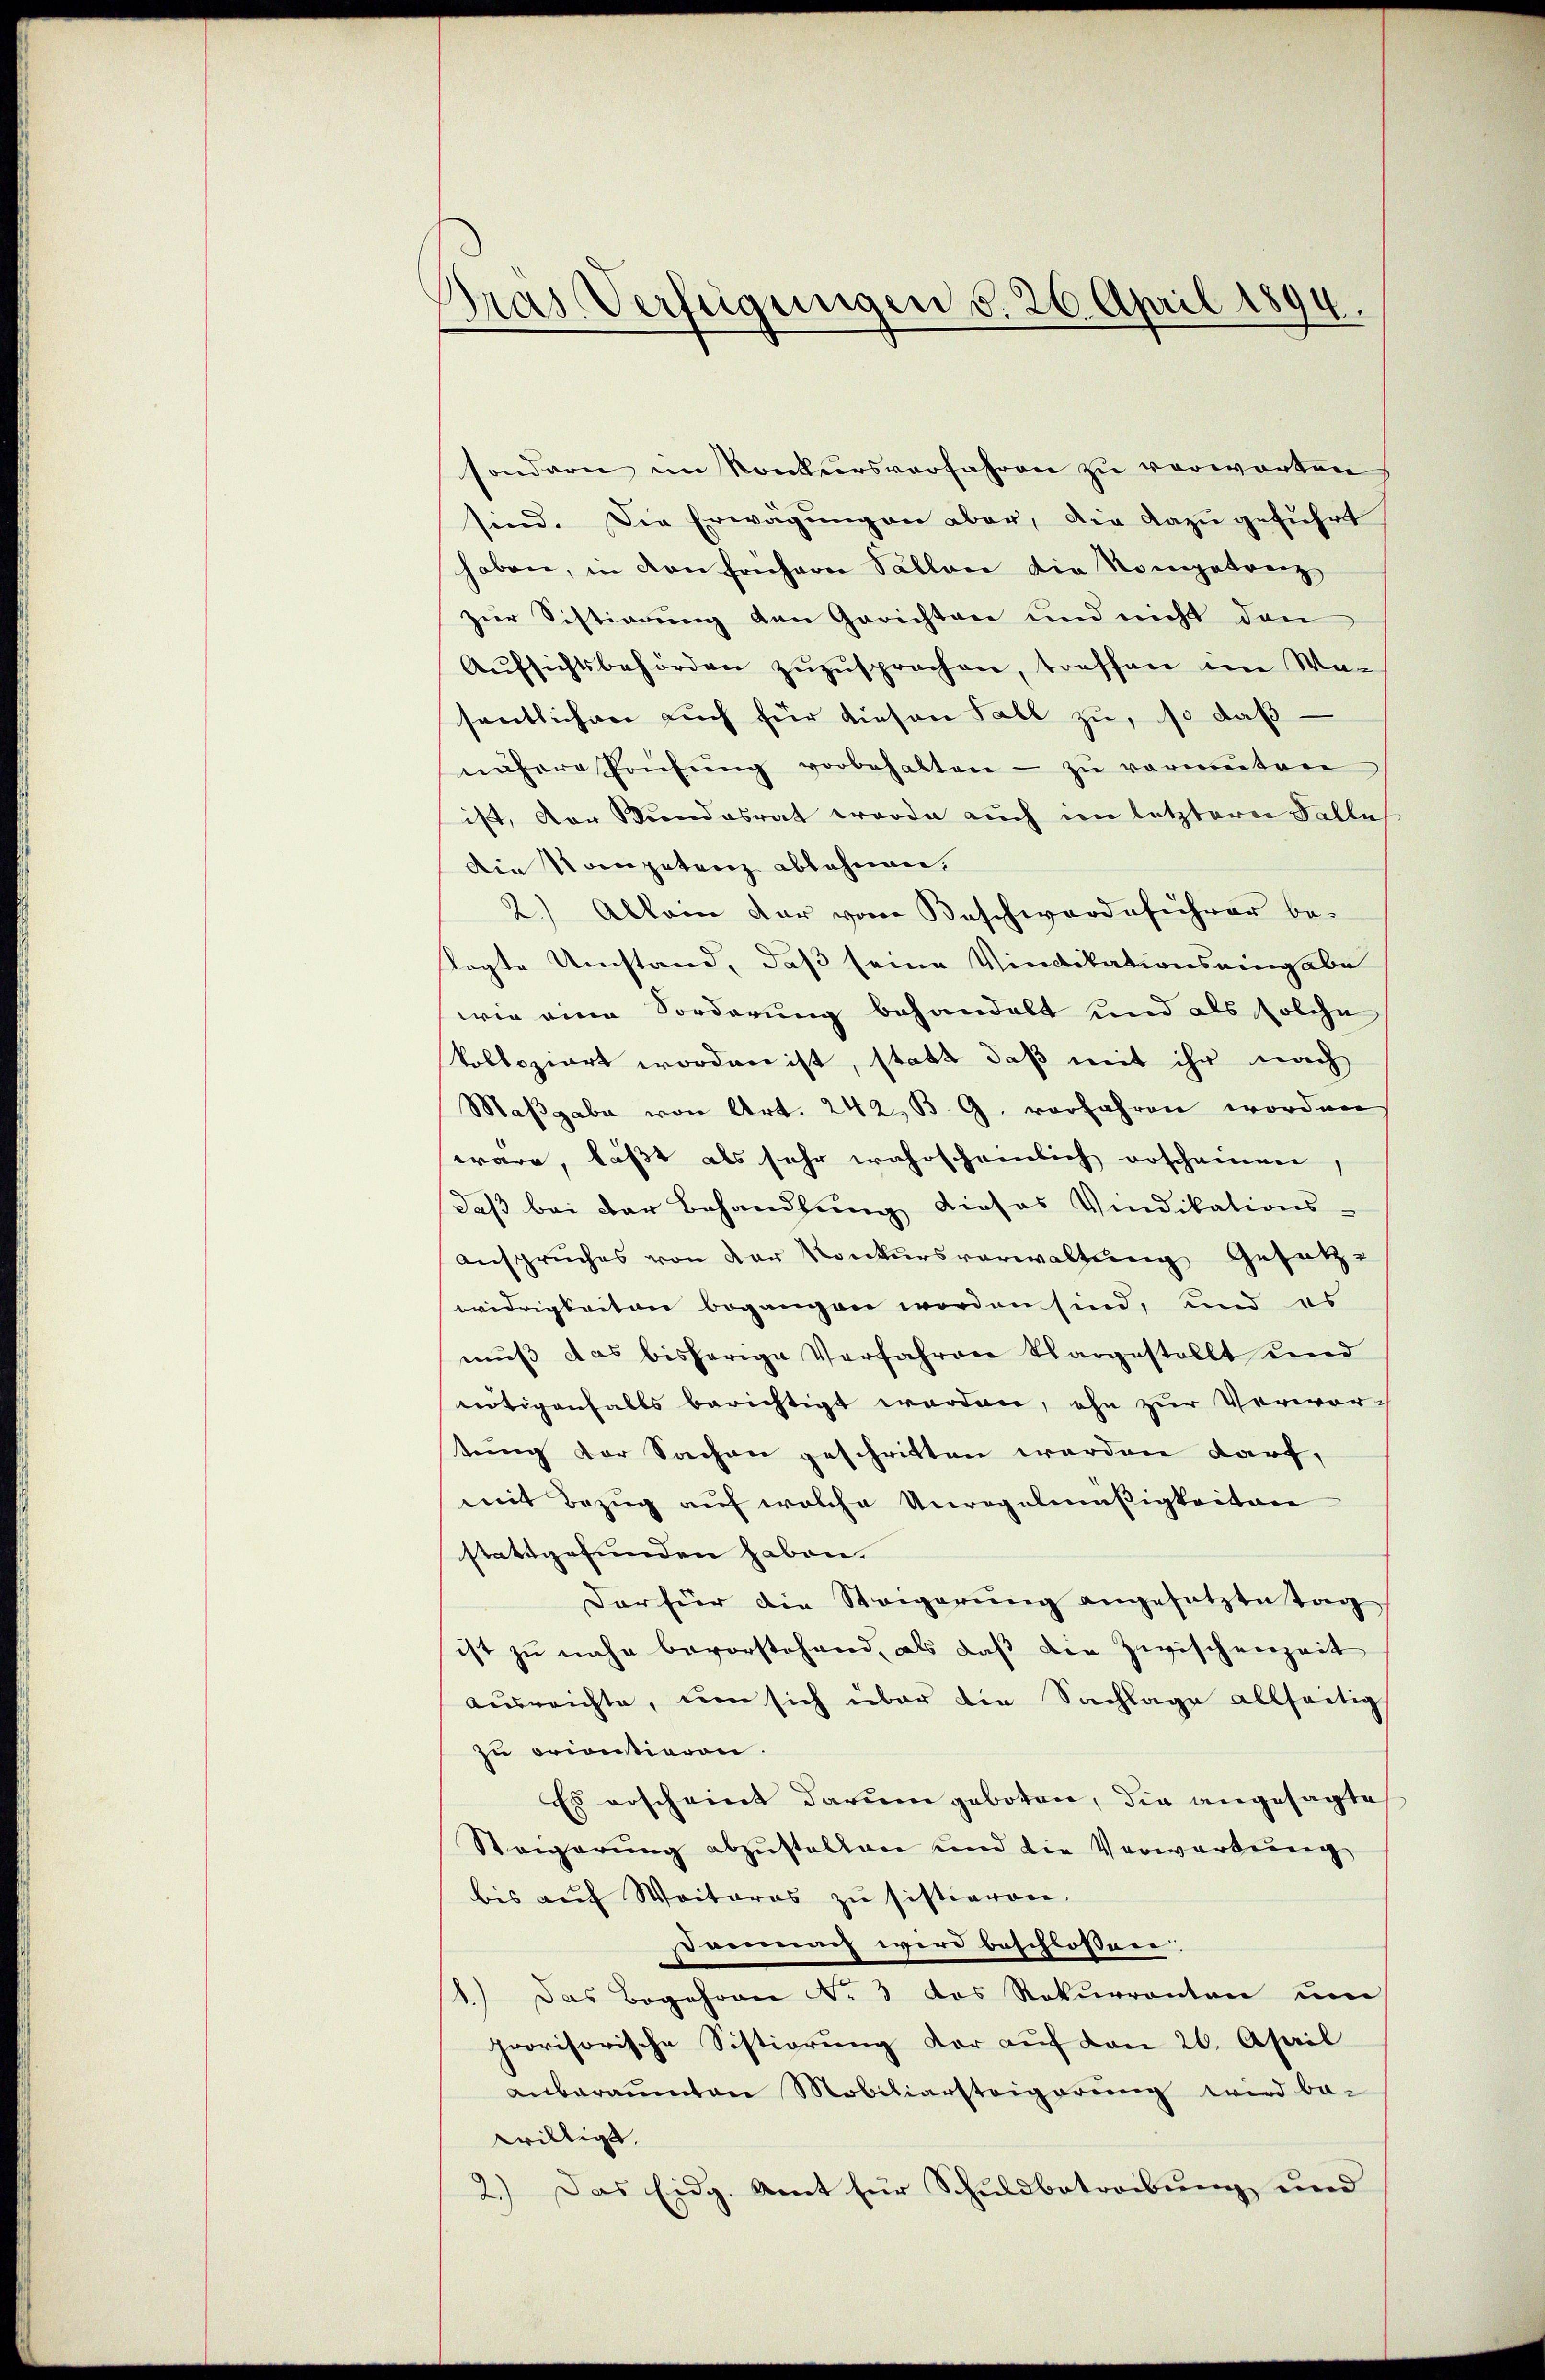
Gras Verfügungen d. 26. April 1894
4

sondern im Konkursverfahren zu verwarten
sind. Die Erwägungen aber, die dazu geführt
haben, in den früherer Sallone die Kompetenz,
zur Sistierung den Gerichten und nicht den
Aŭfsichtsbehörden zŭzŭsprochen, treffen im Wasentlichen auch für diesen Fall zu, so daß
nähere Prüfŭng vorbehalten - zŭ vermuten
ist, der Stundesrat werde auch im letztern Falle
Die Kompetenz ablehnen,
2.) Allein der vom Beschwerdeführer be-
tagte Umstand, daß seine Vindikationseingabe
wie eine Forderung behandelt und als solche
kolloziert worden ist, statt daß mit ihr nach
Maβgabe von Art. 242, B. G. vorfahren worden
wäre, läßt als sehr wahrscheinlich erscheinen
daß bei der Behandlung dieses Vindikations-
anspruches von der Konkursverwaltung Gesetz-
widrigkeiten begangen worden sind, und es
mŭβ das bisherige Verfahren Chargestellt und
nötigenfalls berichtigt werden, ohn zur Verwor-
tung der Sachen geschritten werden darf,
mit Bezug auf welche Unregelmäßigkeiten
stattgefunden haben.
Dar für die Steigerŭng angesetzte Tag
ist zu nahe bevorstehend, als daß die Zwischenzeit
ausreichte, um sich über die Sachlage allseitig
zu orientieren.
Es erscheint darum geboten, die angesagte
Steigerung abzustellen und die Verwartung
bis auf Weiteres zu sistiaren,
sarnach wird beschlossen:
Das Begehren N. 3 das Rekurrenten um
provisorische Sistierung der auf den 26. April
anberaŭmten Mobiliarsteigerŭng wird be-
willigt.
2.) Das Eidg. Amt für Schuldbetreibung und